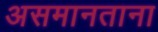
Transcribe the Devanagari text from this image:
असमानताना